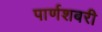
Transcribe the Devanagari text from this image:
पार्णशबरी